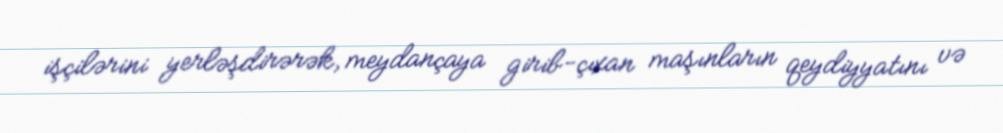
işçilərini yerləşdirərək, meydançaya girib-çıxan maşınların qeydiyyatını və